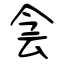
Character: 侌